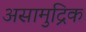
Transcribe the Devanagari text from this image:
असामुद्रिक